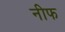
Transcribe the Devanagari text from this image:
नीफ